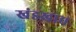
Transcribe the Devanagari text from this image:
खंडखाद्य